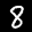
Label: 8